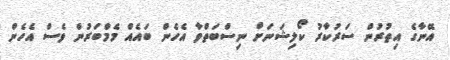
އޭނާގެ އިތުރުން ސަރުކާރު ކޯލިޝަނަށް ނިސްބަތްވާ އެހެން ބައެއް މެމްބަރުން ވެސް އެހެން